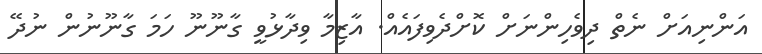
އަންނިއަށް ނެތް ދިވެހިންނަށް ކޮށްދެވިފައެއް. އާޒިމާ ވިދާޅުވީ ގާނޫނޫ ހަމަ ގާނޫނުން ނުދޭ